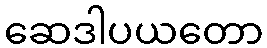
ဆေဒါပယတော